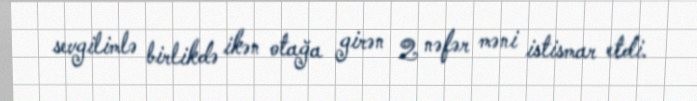
sevgilimlə birlikdə ikən otağa girən 2 nəfər məni istismar etdi.